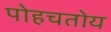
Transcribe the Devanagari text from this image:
पोहचतोय